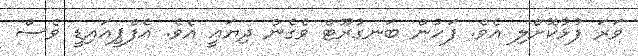
ވަރަ ފުޅާކޮށްލި އެވެ. ފަހުން ބަނގުރޫޓް ވެގެން ދިޔައީ އެވެ. އެފްޕީއައިޑީ ވެސް